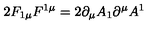
2 F _ { 1 \mu } F ^ { 1 \mu } = 2 \partial _ { \mu } A _ { 1 } \partial ^ { \mu } A ^ { 1 }